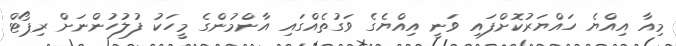
މިއާ އިއްޔެ ހައްޔަރުކޮށްފައި ވަނީ އިއްޔެގެ ވަގުތެއްގައި އާންމުންގެ މީހަކު ފުލުހުންނަށް ރިޕޯޓް